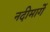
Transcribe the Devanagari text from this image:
नदीमार्गे